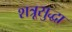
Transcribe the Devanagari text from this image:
शत्रूसुद्धा